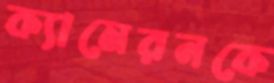
ক্যামেরনকে